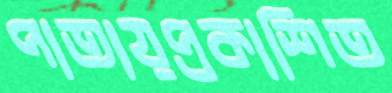
পাতায়প্রকাশিত